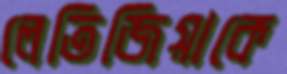
লেতিজিয়াকে